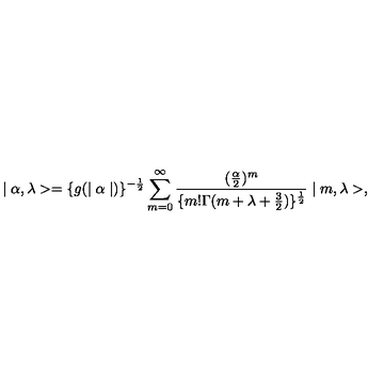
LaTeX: \mid \alpha , \lambda > = \{ g ( \mid \alpha \mid ) \} ^ { - \frac { 1 } { 2 } } \sum _ { m = 0 } ^ { \infty } \frac { ( \frac { \alpha } { 2 } ) ^ { m } } { \{ m ! \Gamma ( m + \lambda + \frac { 3 } { 2 } ) \} ^ { \frac { 1 } { 2 } } } \mid m , \lambda > ,